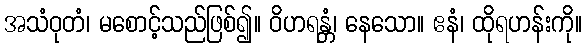
အသံဝုတံ၊ မစောင့်သည်ဖြစ်၍။ ဝိဟရန္တံ၊ နေသော။ ဧနံ၊ ထိုရဟန်းကို။